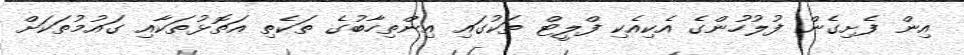
އިން ފެށިގެން ފުލުހުންގެ އެކިއެކި ފްލީޓް ތަކުގައި އިންތިހާބުގެ ތަކެތި އަތޮޅުތަކާއި ގައުމުތަކަށް